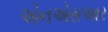
એનએસઆર